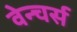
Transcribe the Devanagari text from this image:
वेन्चर्स